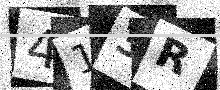
Text: 413R